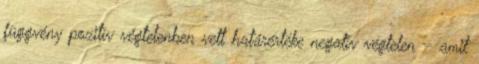
függvény pozitív végtelenben vett határértéke negatív végtelen – amit